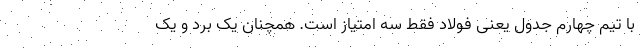
با تیم چهارم جدول یعنی فولاد فقط سه امتیاز است. همچنان یک برد و یک